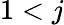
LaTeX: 1<j